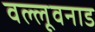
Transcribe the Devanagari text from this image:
वल्लूवनाड